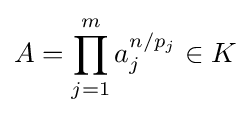
A=\prod _{j=1}^{m}a_{j}^{n/p_{j}}\in K